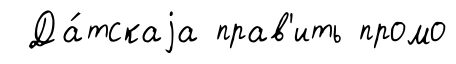
Да́тскаjа прав'ить промо